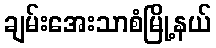
ချမ်းအေးသာစံမြို့နယ်